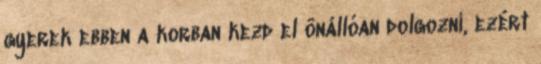
gyerek ebben a korban kezd el önállóan dolgozni, ezért